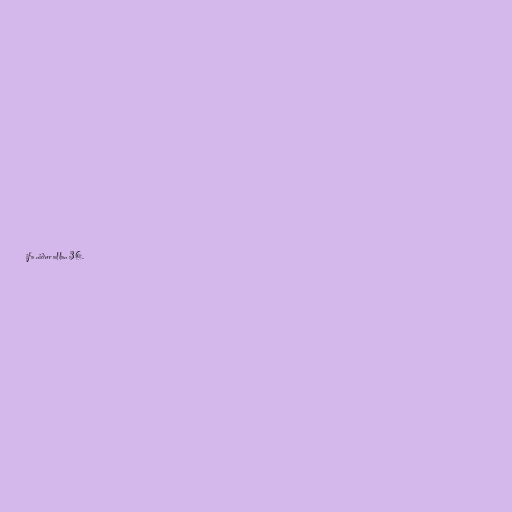
ifa niður allan 36.